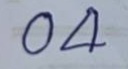
04